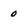
Character: 0